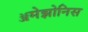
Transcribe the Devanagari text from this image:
ॲमेझोनिस